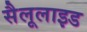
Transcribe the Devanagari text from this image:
सैलूलाइड